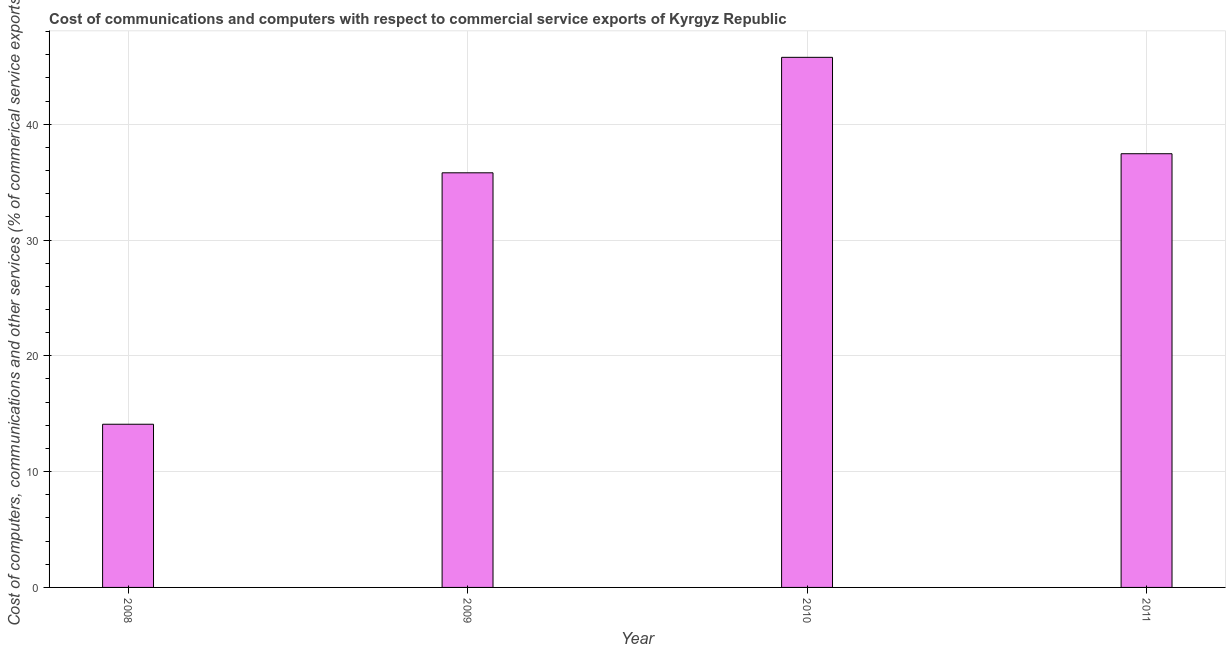
| Year | Computer |
 | --- | --- |
 | 2008 | 14.1 |
 | 2009 | 35.8 |
 | 2010 | 45.8 |
 | 2011 | 37.5 |